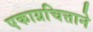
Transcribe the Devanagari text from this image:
एकाग्रचित्ताने